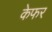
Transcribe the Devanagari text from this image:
केफर